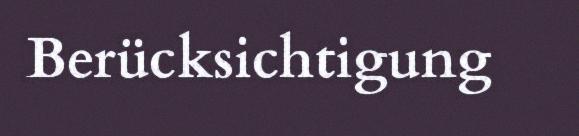
Berücksichtigung